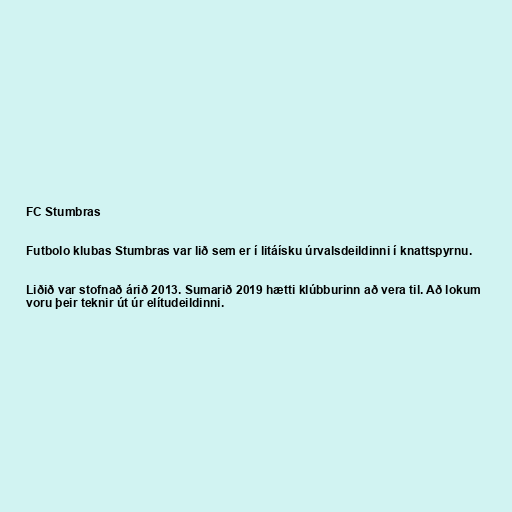
FC Stumbras

Futbolo klubas Stumbras var lið sem er í litáísku úrvalsdeildinni í knattspyrnu.

Liðið var stofnað árið 2013. Sumarið 2019 hætti klúbburinn að vera til. Að lokum
voru þeir teknir út úr elítudeildinni.